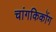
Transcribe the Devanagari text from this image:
चांगकिकोंग